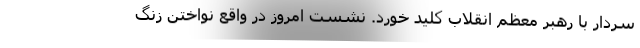
سردار با رهبر معظم انقلاب کلید خورد. نشست امروز در واقع نواختن زنگ